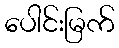
ပေါင်းမြက်